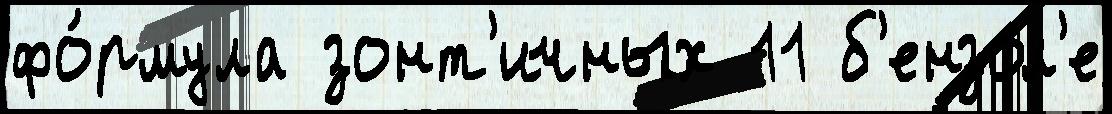
фо́рмула зонт'ичных 11 б'ензол'е